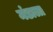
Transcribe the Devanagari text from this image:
मंडाला